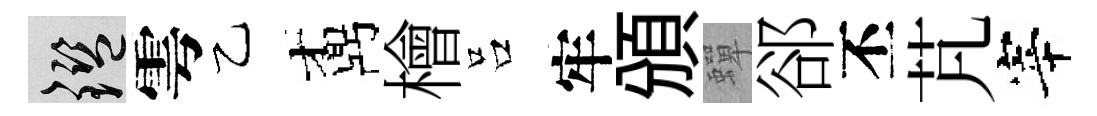
鑒雩乙鼒檜吕牢頒蟬郤丕芃宰